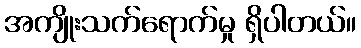
အကျိုးသက်ရောက်မှု ရှိပါတယ်။